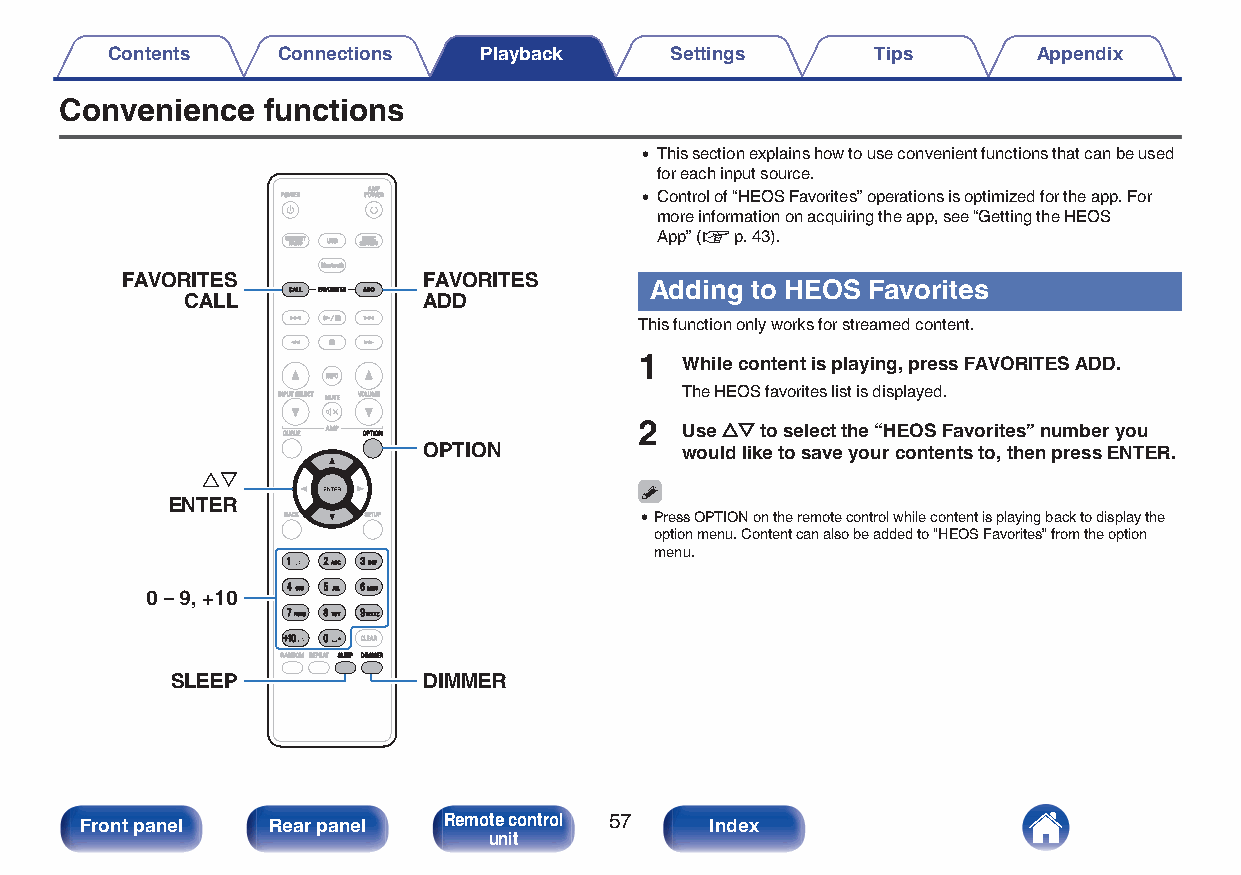
Contents   Connections   Playback    Settings      Tips       Appendix
 Convenience  functions
 0 This section explains how to use convenient functions that can be used
 for each input source.
 0 Control of “HEOS Favorites” operations is optimized for the app. For
 more information on acquiring the app, see “Getting the HEOS
 App” (v p. 43).
 FAVORITES           FAVORITES
 Adding to HEOS Favorites
 CALL            ADD
 This function only works for streamed content.
 1  While content is playing, press FAVORITES ADD.
 The HEOS favorites list is displayed.
 2  Use ui to select the “HEOS Favorites” number you
 OPTION
 would like to save your contents to, then press ENTER.
 ui
 ENTER
 0Press OPTION on the remote control while content is playing back to display the
 option menu. Content can also be added to “HEOS Favorites” from the option
 menu.
 0 – 9, +10
 SLEEP            DIMMER
 Front panel  Rear panel Remote control 57 Index
 unit